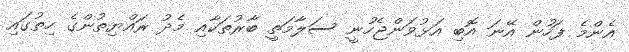
އެންމެ ފަހުން އޭނަ އޮބި އަޅުވަންޖެހުނީ ސަލާމަތީ ބާރުތަކާއި މެދު ރައްޔިތުންގެ ހިތުގައި